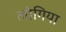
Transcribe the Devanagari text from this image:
लोगिया